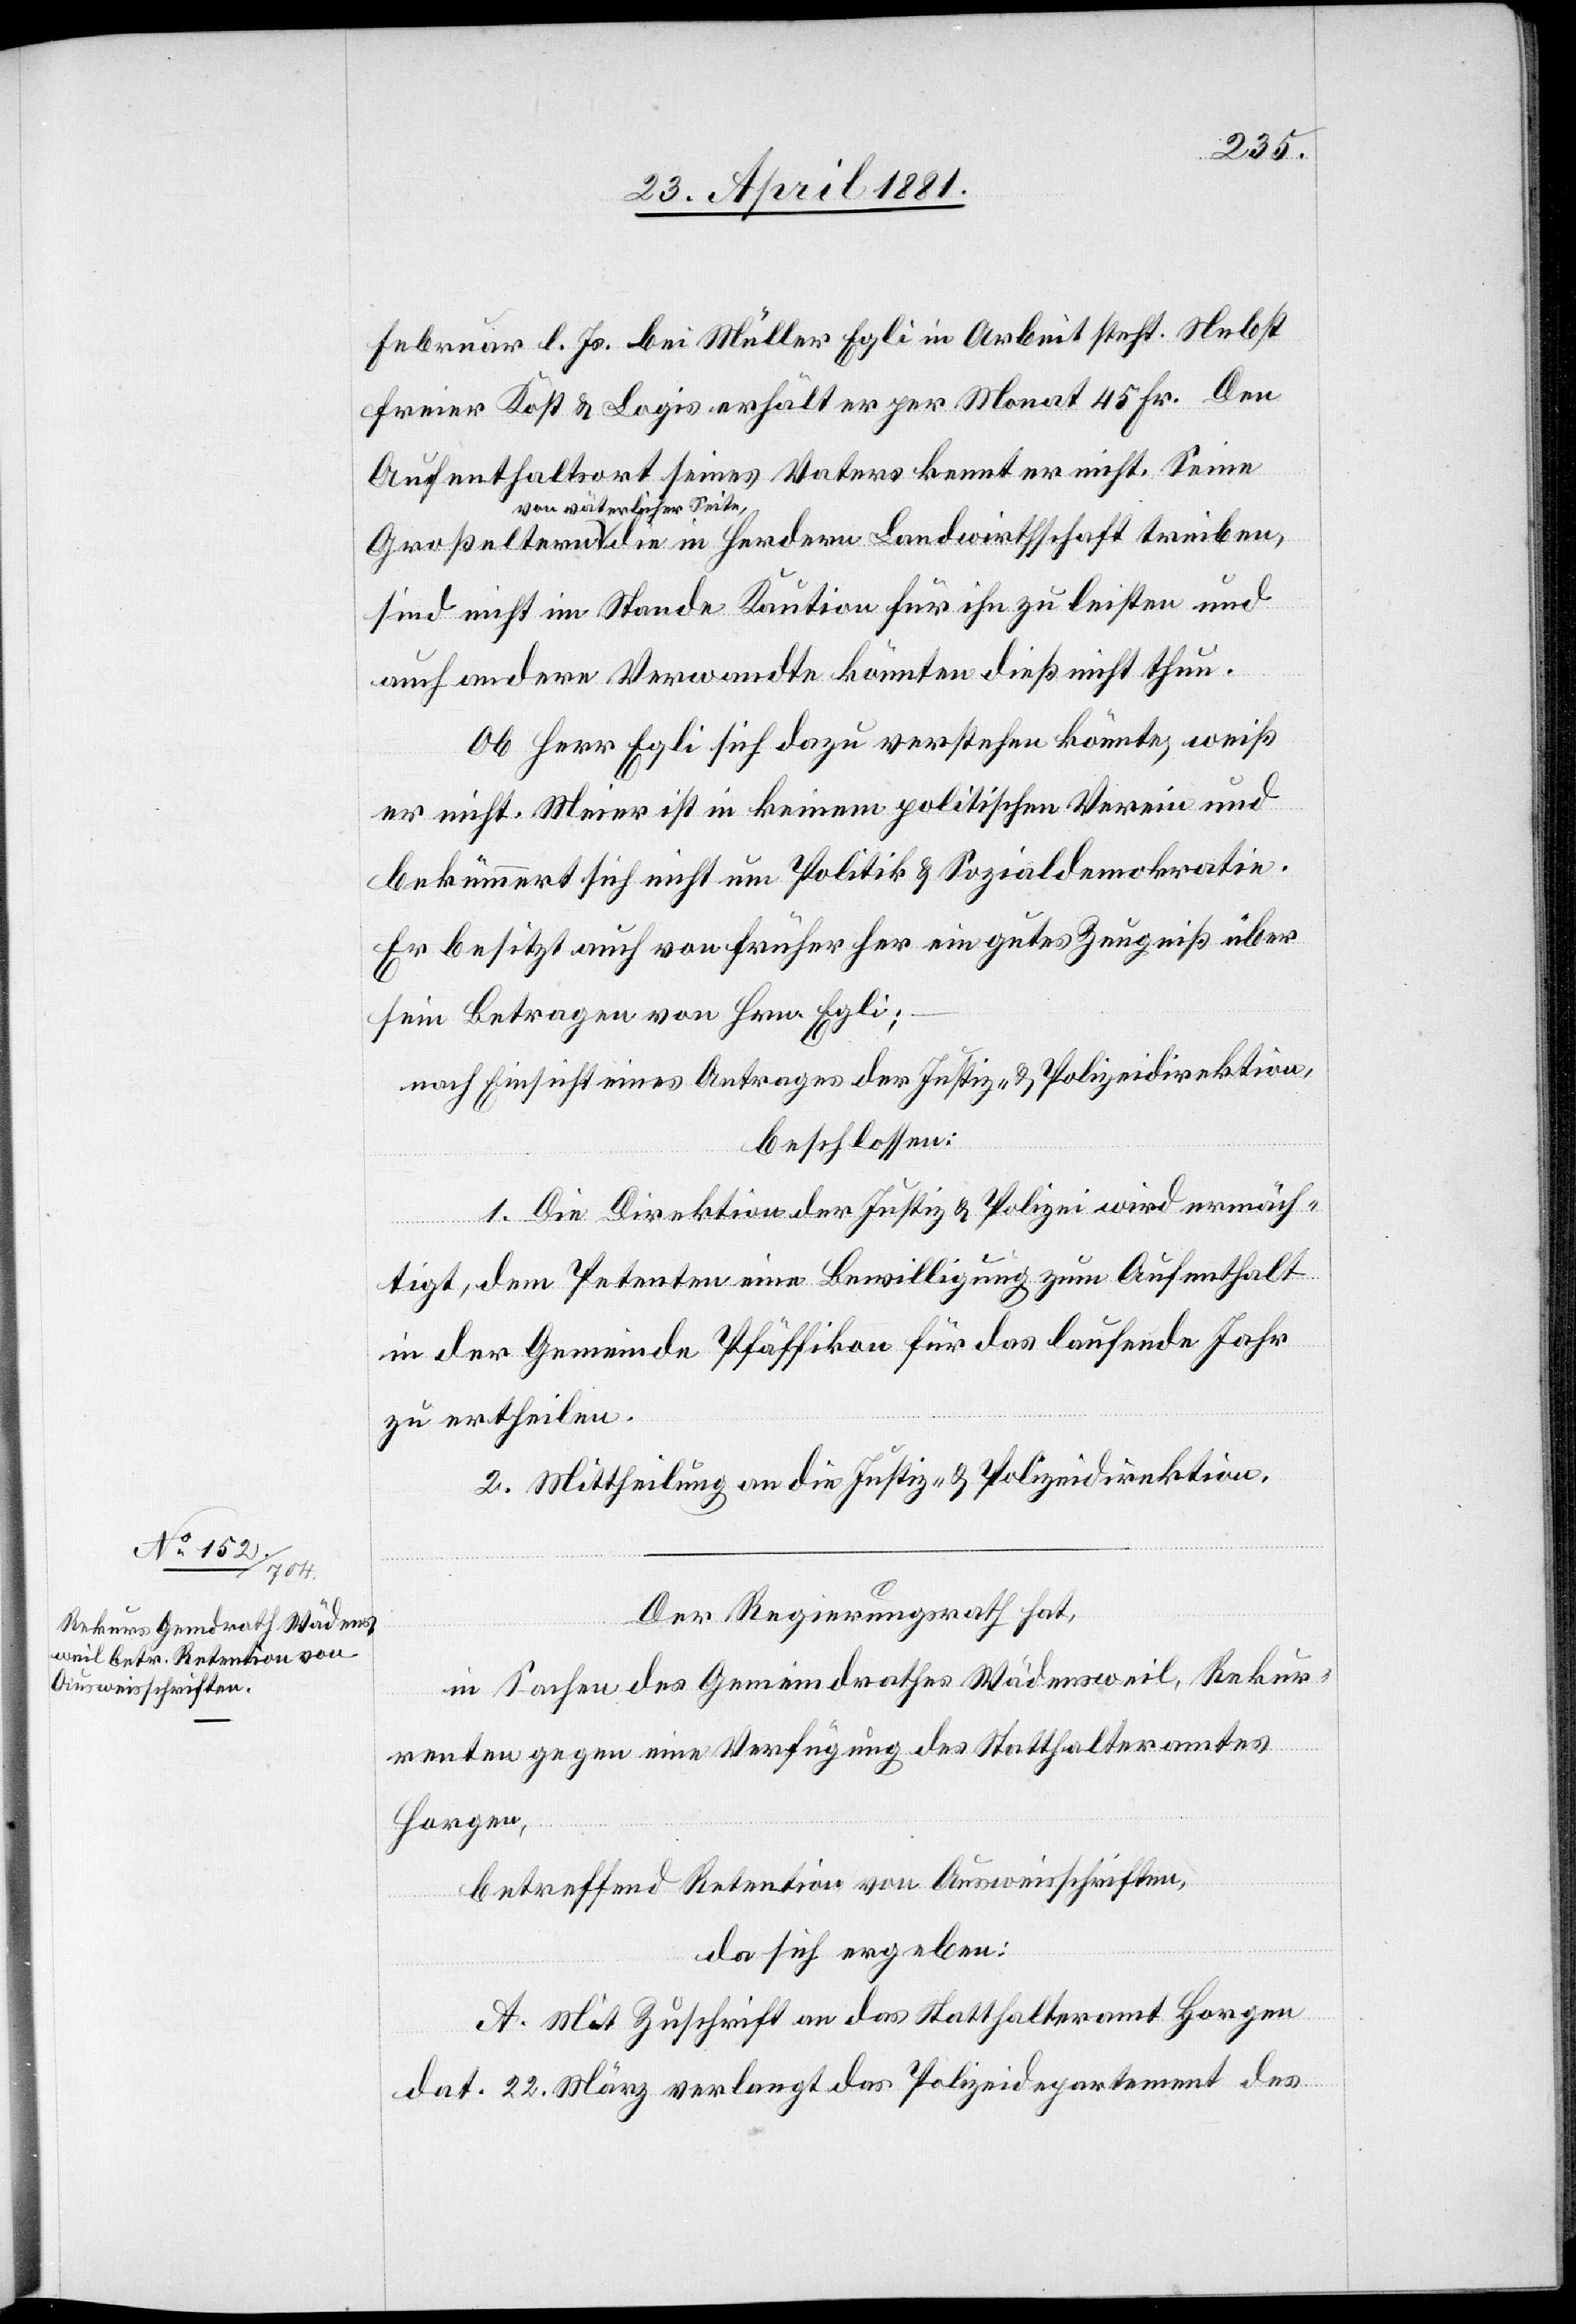
Februar l. Js. bei Müller Egli in Arbeit steht. Nebst
freier Kost & Logis erhält er per Monat 45 Fr. Den
Aufenthaltsort seines Vaters kennt er nicht. Seine
von väterlicher Seite,
sind nicht im Stande Kaution für ihn zu leisten und
auch andere Verwandte könnten dieß nicht thun.
Ob Herr Egli sich dazu verstehen könnte, weiß
er nicht. Meier ist in keinem politischen Verein und
bekümmert sich nicht um Politik & Sozialdemokratie.
Er besitzt auch von früher her ein gutes Zeugniß über
sein Betragen von Hrn. Egli;
nach Einsicht eines Antrages der Justiz- & Polizeidirektion,
beschlossen:
1. Die Direktion der Justiz & Polizei wird ermäch¬
tigt, dem Petenten eine Bewilligung zum Aufenthalt
in der Gemeinde Pfäffikon für das laufende Jahr
zu ertheilen.
2. Mittheilung an die Justiz- & Polizeidirektion.
Der Regierungsrath,
in Sachen des Gemeindrathes Wädensweil, Rekur¬
renten gegen eine Verfügung des Statthalteramtes
Horgen,
betreffend Retention von Ausweisschriften,
da sich ergeben:
A. Mit Zuschrift an das Statthalteramt Horgen
dat. 22. März verlangt das Polizeidepartement des